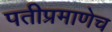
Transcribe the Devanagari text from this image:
पतीप्रमाणेच